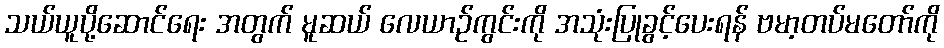
သယ်ယူပို့ဆောင်ရေး အတွက် မူဆယ် လေယာဉ်ကွင်းကို အသုံးပြုခွင့်ပေးရန် ဗမာ့တပ်မတော်ကို